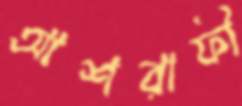
আশরাফী